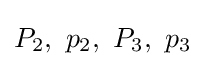
P_{2},\ p_{2},\ P_{3},\ p_{3}